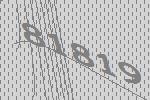
81819